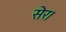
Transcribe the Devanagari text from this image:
सेर।